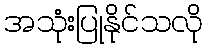
အသုံးပြုနိုင်သလို